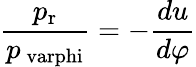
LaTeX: {\frac{p_{\mathrm{r}}}{p_{\mathrm{\ varphi}}}}=-{\frac{du}{d\varphi}}